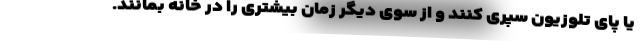
یا پای تلوزیون سپری کنند و از سوی دیگر زمان بیشتری را در خانه بمانند.